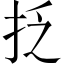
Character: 抸